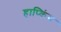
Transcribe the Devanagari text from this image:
हाप्किंग